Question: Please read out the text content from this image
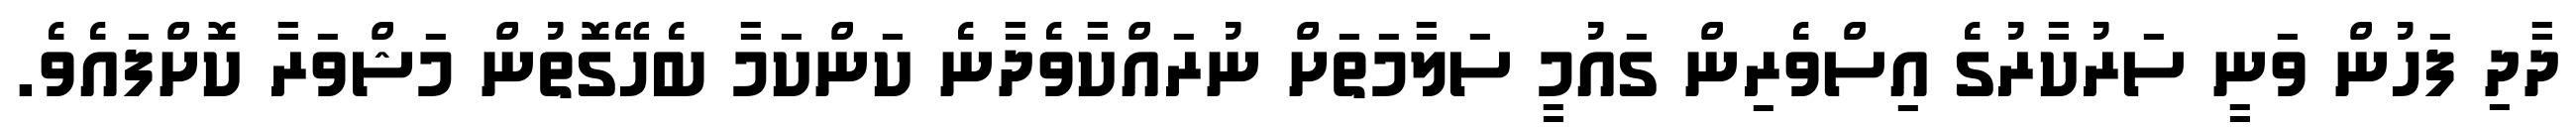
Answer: ދާދި ފަހުން ވަނީ ސަރުކާރުގެ އިސްވެރިން ގައުމީ ސަލާމަތަށް ނުރައްކާވެދާނެ ކަންކަމާ ބެހޭގޮތުން މަޝްވަރާ ކޮށްފައެވެ.